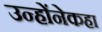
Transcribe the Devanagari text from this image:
उन्होंनेकहा